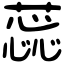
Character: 蕊